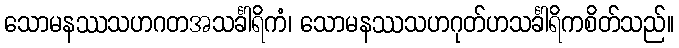
သောမနဿသဟဂတအသင်္ခါရိကံ၊ သောမနဿသဟဂုတ်ဟသင်္ခါရိကစိတ်သည်။